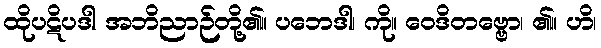
ထိုပဋိပဒါ အဘိညာဉ်တို့၏။ ပဘေဒါ၊ ကို။ ဝေဒိတဗ္ဗော၊ ၏။ ဟိ၊